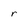
Character: r